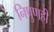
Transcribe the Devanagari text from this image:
निपुणही